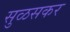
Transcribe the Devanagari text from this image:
सुळसकर